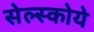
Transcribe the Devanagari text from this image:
सेल्स्कोये